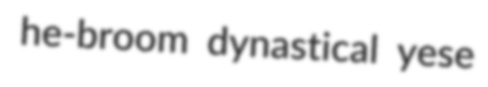
he-broom dynastical yese